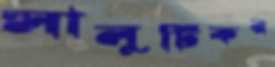
সালুটিকর